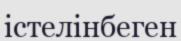
істелінбеген